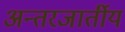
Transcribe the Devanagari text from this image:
अन्तरजार्तीय